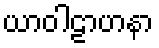
ယာဝါဠာဟနာ